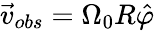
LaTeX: \vec{v}_{obs}=\Omega_{0}R\hat{\varphi}